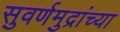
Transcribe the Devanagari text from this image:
सुवर्णमुद्रांच्या